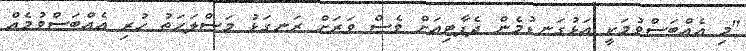
"މި އެއްބަސްވުމަކީ އަޅުގަނޑުމެން ދެޕާޓިއަށް ވެސް ވަރަށް ރަނގަޅު މަސްލަހަތު ހުރި އެއްބަސްވުމެއް